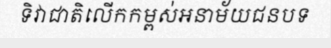
ទិវាជាតិលើកកម្ពស់អនាម័យជនបទ